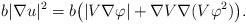
LaTeX: \begin{align*}b|\nabla u|^2=b\bigl(|V \nabla \varphi| + \nabla V \nabla (V\varphi^2)\bigl).\end{align*}